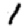
Digit: 1